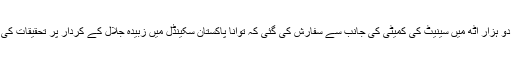
اکتوبر دو ہزار آٹھ میں سینیٹ کی کمیٹی کی جانب سے سفارش کی گئی کہ توانا پاکستان سکینڈل میں زبیدہ جلال کے کردار پر تحقیقات کی جائیں۔